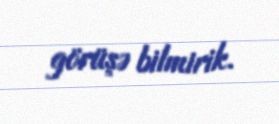
görüşə bilmirik.